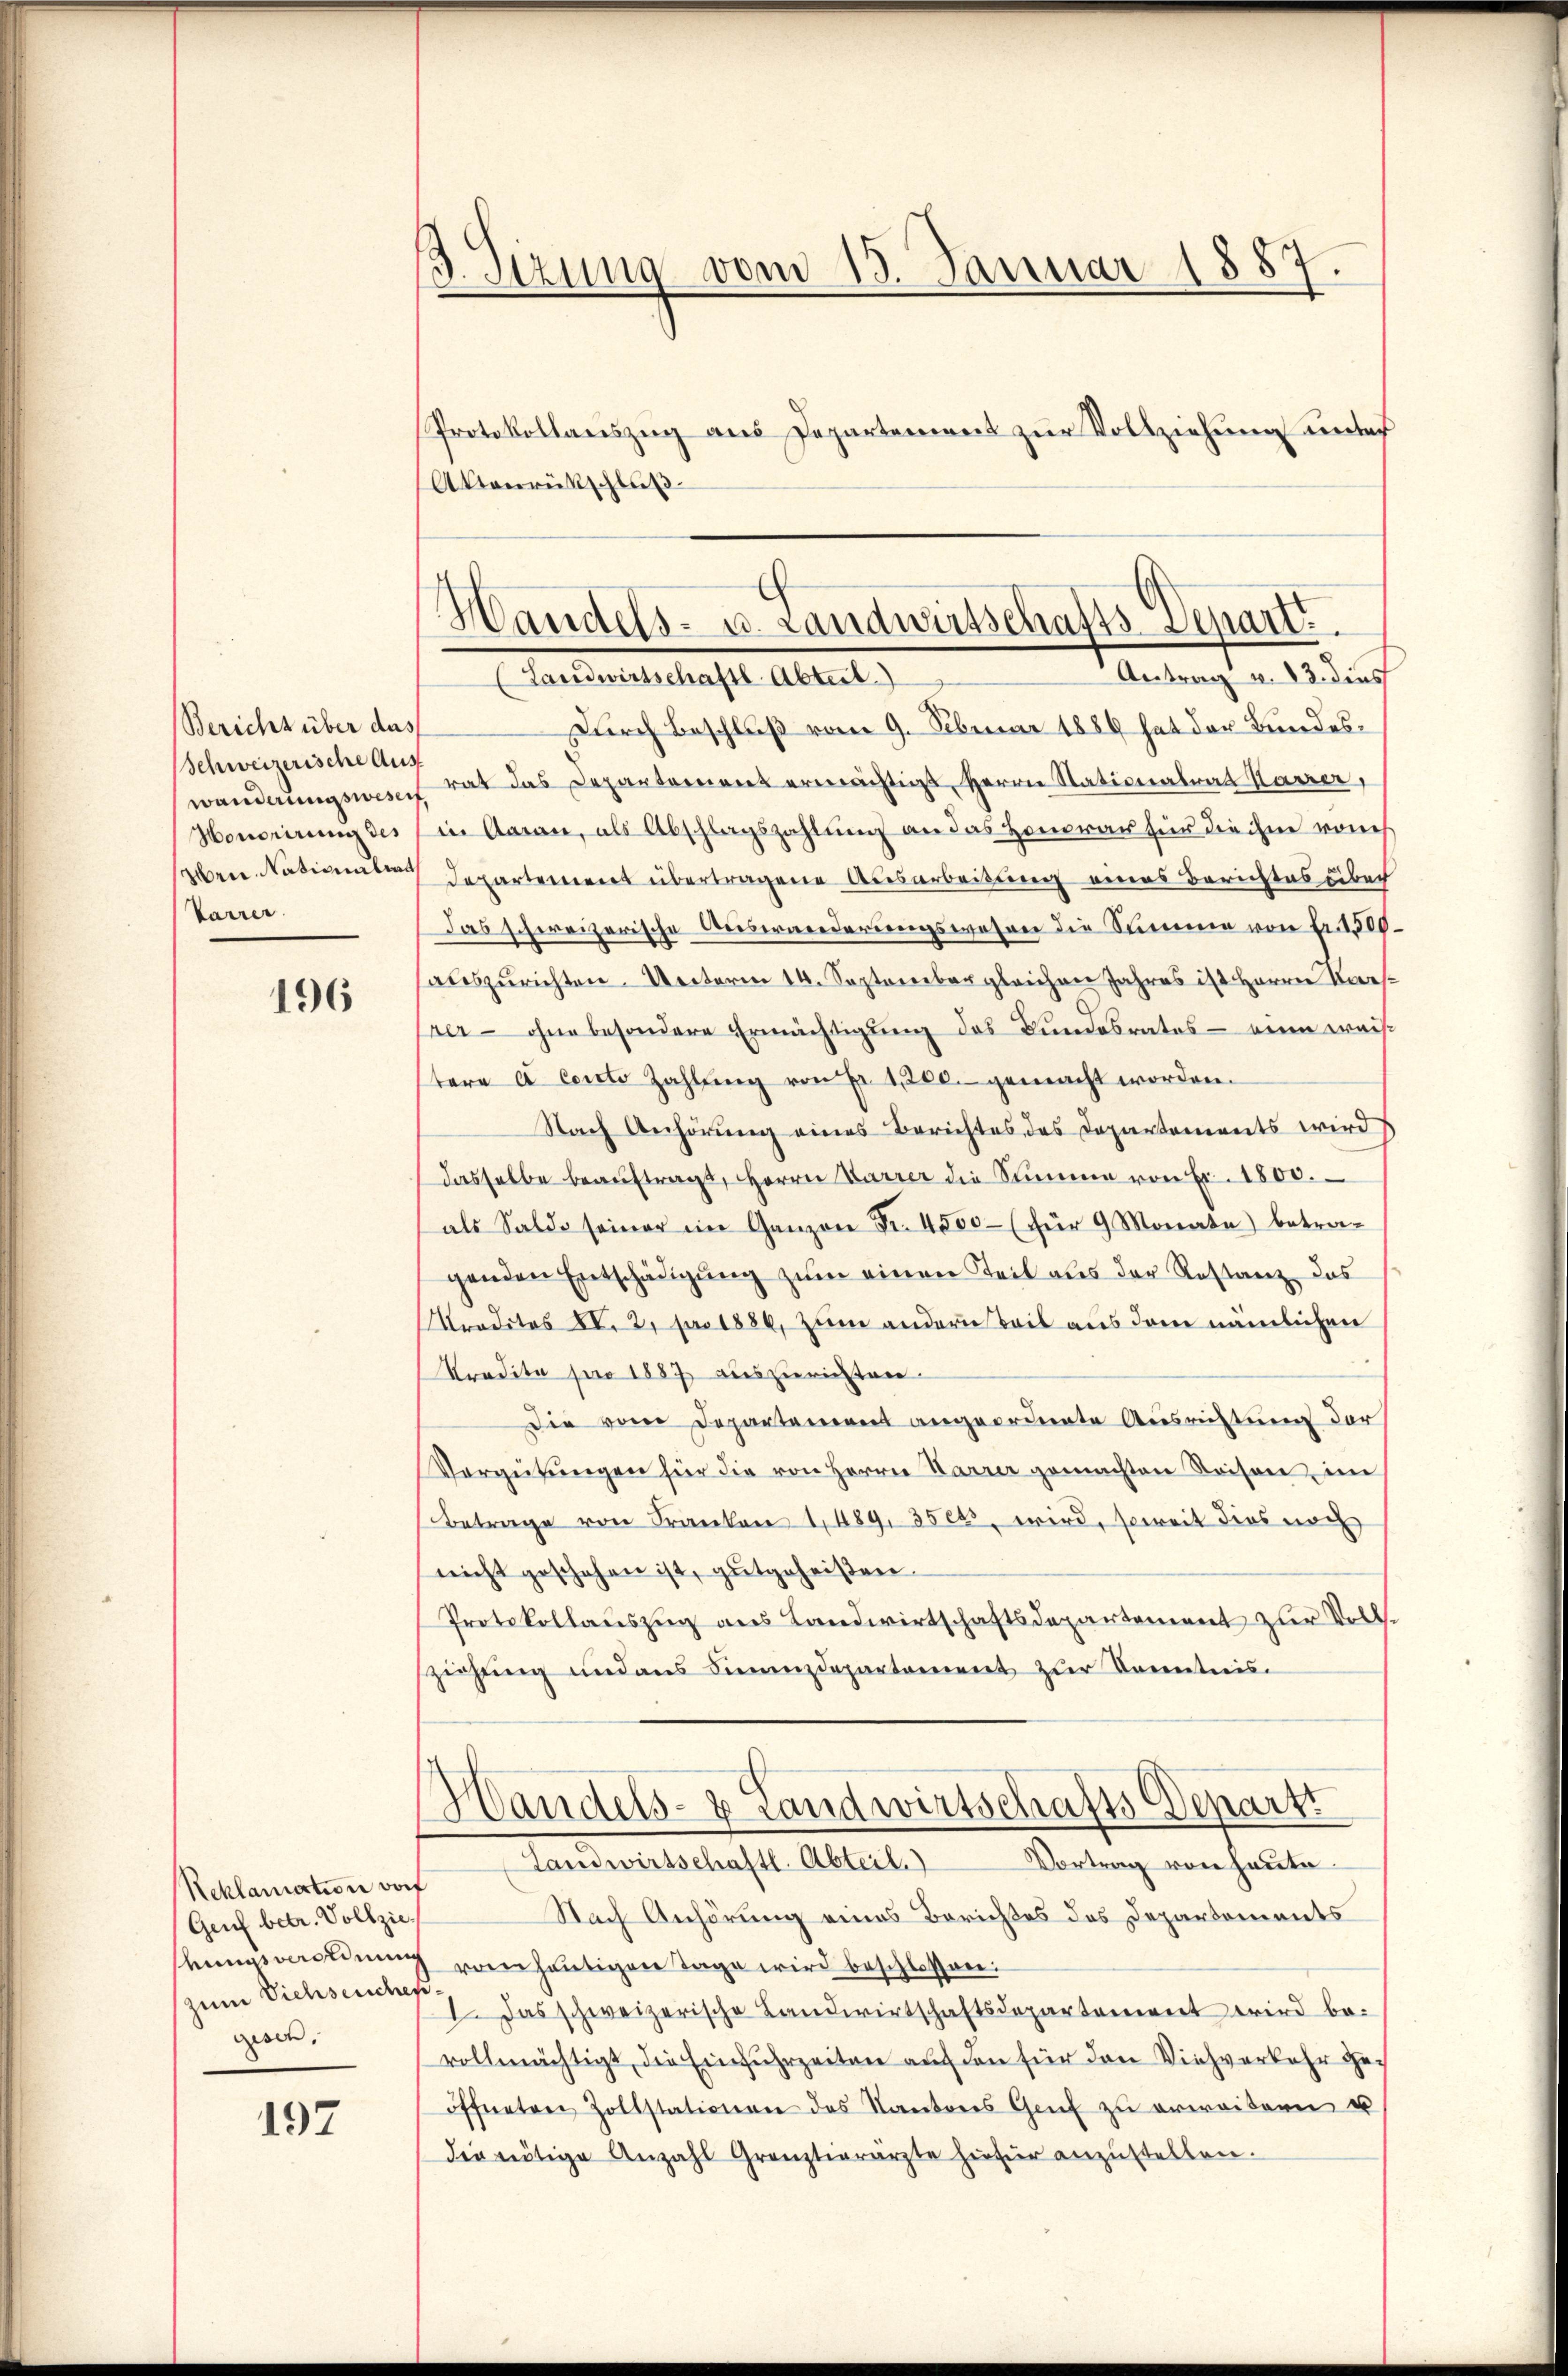
Bericht über das
Schweizerische Aus¬
Honorirung des
szen Nationalrat
Varrer.

196

Reklamation vor
(Genf betr. Vollziesemusverordnung
zum Viehseucher
gesen.

197

3. Sizung vom 18. Januar 1887.
Protokollauszug aus Departement zur Vollziehung unter

Akanrückschluß

z
Handels- u. Landwirtschafts-Depart
Antrag v. 13. dies
(Landwirtschaftl. Abtest.

Durch Beschluß vom 9. Februar 1889 hat der Bundeswanderungswesen hat das Departement ermächtigt, Herrn Stationalrat Karrer,
in Aaran, als Abschlagszahlung an das Honorar für die ihm vones
Departement übertragene Ausarbeitung eines Berichtes über
Das schweizerische Auswanderungswesen die Summe von Fr. 1500
auszurichten. Unterm 14. September gleichen Jahres ist Herrn Kiesrer- ohne besondere Ermächtigŭng des Bŭndesrates - eine weis-
stere a Conto Zahlŭng von Fr. 1200.- gemacht worden.
Nach Anhörung eines Berichtes des Departements wird
dasselbe beaŭftragt, Herrn Parrer die Summe von Fr. 1800.
als Saldo seiner im Ganzen Fr. 4500 (für 9 Monate) betragenden Entschädigung zum einen Teil aus der Restanz, das
reditos XI. 2. pro 1886, zum andern Teil aus dem nämlichen
Pradita pro 1887 auszurichten.
Die von Departement angeordnete Ausrichtung der
Vergütŭngen für die von Herrn Harrer gemachten Reisen, im
Betrage von Franken 1489, 3500 wird, soweit dies noch
nicht geschehen ist, gutgeheißen.
Protokollauszug aus Landwirtschaftsdepartement zur Vollziehung und aus Finanzdepartement zur Kenntnis¬
Handels- & Landwirtschafts Departi
Vortrag von heute¬
Landwirtschaftl. Abteil.
Nach Anhörung eines Berichtes des Departements
von heutigen Tage wird beschlossen:
.
I. Das schweizerische Landwirtschaftsdepartanerirt wird be-
vollmächtigt, die Einfuhrzeiten auf den für den Viehverkehr geöffneten Zollstationen des Kantons Genf zu erweitern u
die nötige Anzahl Grenztierärzte hiefür anzŭstellen.